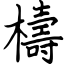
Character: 檮